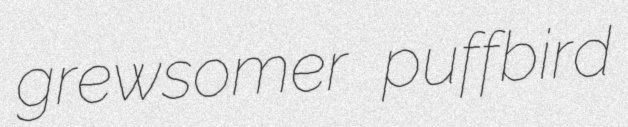
grewsomer puffbird